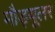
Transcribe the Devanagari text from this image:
मौड्यूलर